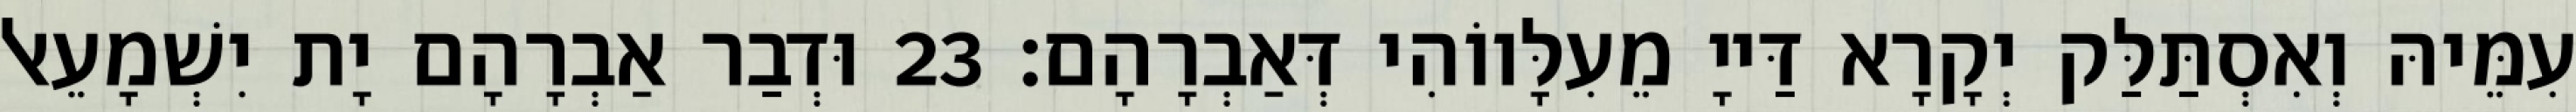
עִמֵּיהּ וְאִסְתַּלַּק יְקָרָא דַּייָ מֵעִלָּווֹהִי דְּאַבְרָהָם׃ 23 וּדְבַר אַבְרָהָם יָת יִשְׁמָעֵאל